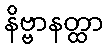
နိဗ္ဗာနတ္ထာ